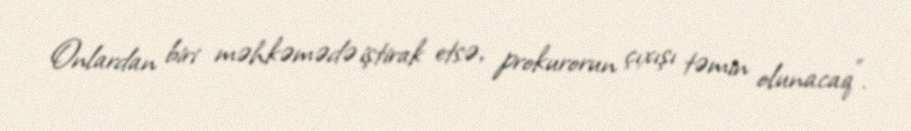
Onlardan biri məhkəmədə iştirak etsə, prokurorun çıxışı təmin olunacaq”.